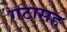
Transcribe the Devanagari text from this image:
गटासह